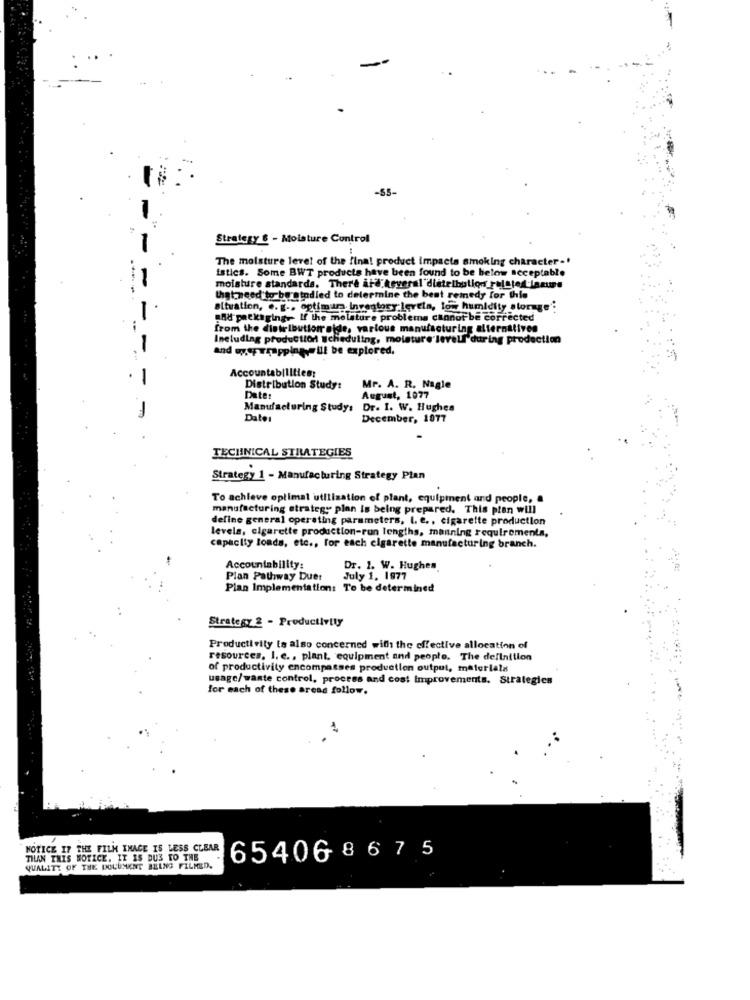
-85
Strategy & - Moisture Control
The moisture level of the final product impacts smoking character-'
istics. Some BWT products have been found to be below acceptable
moisture standards. There ild keveral distribution rulsted lamums
that need to be atudied to determine the best remedy for this
1
situation, e. g ., optimum, inventory levels, low humidity storage':
and packaging- If the melature problems cannot be corrected
from the distribution aide, various manufacturing alternatives
Including production scheduling, molature leveLl during production
and wyeprmapping-will be explored.
Accountabilities;
Distribution Study:
Mr. A. R. Nagle
Date:
August, 1077
Manufacturing Study:
Dr. 1. W. Hughes
Date:
December, 1077
TECHNICAL STRATEGIES
Strategy 1 - Manufacturing Strategy Plan
To achieve optimal utilization of plant, equipment and people, &
manufacturing strategy plan is being prepared. This plan will
define general operating parameters, I. e ., cigarette production
levels, cigarette production-run lengths, manning requirements,
capacity fonds, etc ., for each cigarette manufacturing branch.
Accountability:
Dr. 1. W. Hughes
Plan Pathway Duer
July 1. 1977
Pian Implementation: To be determined
Strategy 2 - Productivity
Productivity [s also concerned with the effective allocation of
resources. I. c ., plant, equipment and people. The definition
of productivity encompasses production output, materials
usage/wante control, process and cost Improvements. Strategics
for each of these areas follow.
HOTICE IF THE FILM INACE IS LESS CLEAR
THAN THIS NOTICE. IT IS DUE TO THE
65406 867 5
QUALITY OF THE DOCUMENT BEING FILMED.